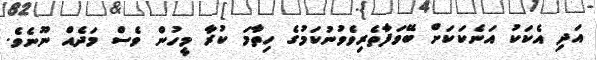
އަދި އެކަކު އަނެކަކަށް ބޭވަފާތެރިވެވުނުކަމުގެ ހިތާމަ ކުރާ މީހުން ވެސް މަދެއް ނޫނެވެ.